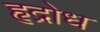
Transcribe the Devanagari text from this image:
हृद्रोध